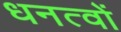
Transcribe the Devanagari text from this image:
धनत्वों